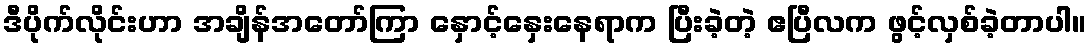
ဒီပိုက်လိုင်းဟာ အချိန်အတော်ကြာ နှောင့်နှေးနေရာက ပြီးခဲ့တဲ့ ဧပြီလက ဖွင့်လှစ်ခဲ့တာပါ။